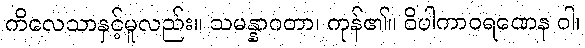
ကိလေသာနှင့်မူလည်း။ သမန္နာဂတာ၊ ကုန်၏။ ဝိပါကာဝရဏေန ဝါ၊